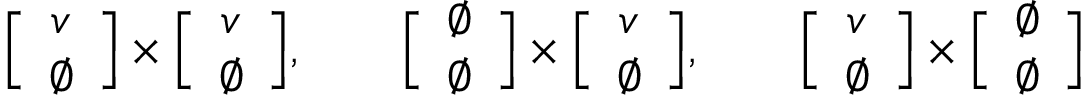
\Big [ \begin{array} { c } { { v } } \\ { { \emptyset } } \end{array} \Big ] \times \Big [ \begin{array} { c } { { v } } \\ { { \emptyset } } \end{array} \Big ] , \qquad \Big [ \begin{array} { c } { { \emptyset } } \\ { { \emptyset } } \end{array} \Big ] \times \Big [ \begin{array} { c } { { v } } \\ { { \emptyset } } \end{array} \Big ] , \qquad \Big [ \begin{array} { c } { { v } } \\ { { \emptyset } } \end{array} \Big ] \times \Big [ \begin{array} { c } { { \emptyset } } \\ { { \emptyset } } \end{array} \Big ]